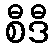
စီဒီ